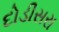
દોડીસરા